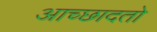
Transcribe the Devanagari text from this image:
आच्छादतो